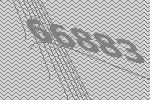
66883